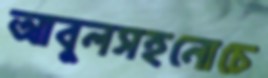
আবুলসহনোচে